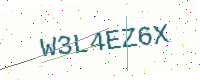
Text: W3L4EZ6X